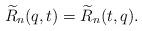
LaTeX: \begin{gather*} {\widetilde{R}}_n(q,t) ={\widetilde{R}}_n(t,q). \end{gather*}